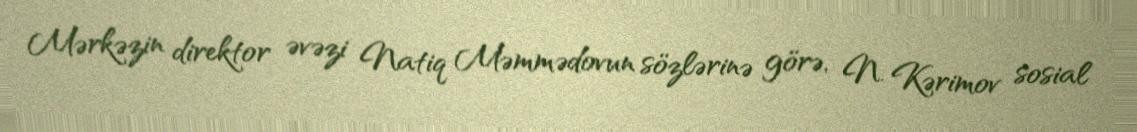
Mərkəzin direktor əvəzi Natiq Məmmədovun sözlərinə görə, N. Kərimov sosial